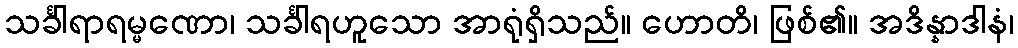
သင်္ခါရာရမ္မဏော၊ သင်္ခါရဟူသော အာရုံရှိသည်။ ဟောတိ၊ ဖြစ်၏။ အဒိန္နာဒါနံ၊